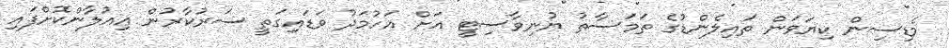
މެޑިސިން ކިޔަވަން ތައިލެންޑުގެ ތަމަސާތު ޔުނިވާސިޓީ އަށް އަހުމަދު ވަޑައިގަތީ ސަރުކާރުން އިއުލާންކޮށްފައި